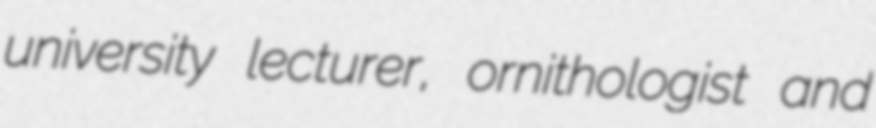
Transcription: university lecturer, ornithologist and